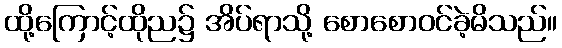
ထို့ကြောင့်ထိုည၌ အိပ်ရာသို့ စောစောဝင်ခဲ့မိသည်။